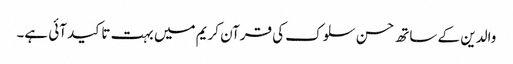
والدین کے ساتھ حسن سلوک کی قرآن کریم میں بہت تاکید آئی ہے۔